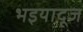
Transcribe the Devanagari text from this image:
भइयादूज